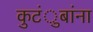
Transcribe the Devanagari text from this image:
कुटंुबांना